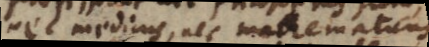
nec medicus, nec mathematicus,